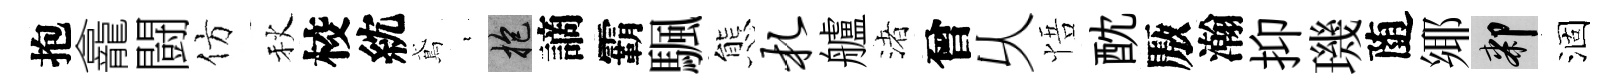
抱龕闘仿秋校紞鳶裊抱謫霸颿態札艫渚曾乆悟酖厫瀚抑璣随鄊膝涸